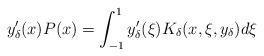
LaTeX: \begin{align*}y_\delta'(x) P(x)=\int_{-1}^1 y'_\delta(\xi)K_\delta(x,\xi,y_\delta)d\xi \end{align*}